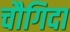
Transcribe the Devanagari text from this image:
चौगिदा